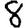
Digit: 8